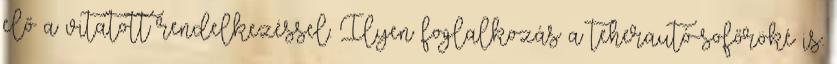
elő a vitatott rendelkezéssel. Ilyen foglalkozás a teherautó-sofőröké is.